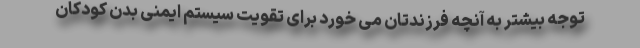
توجه بیشتر به آنچه فرزندتان می خورد برای تقویت سیستم ایمنی بدن کودکان